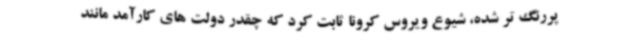
پررنگ تر شده، شیوع ویروس کرونا ثابت کرد که چقدر دولت های کارآمد مانند